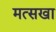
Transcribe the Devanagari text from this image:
मत्सखा